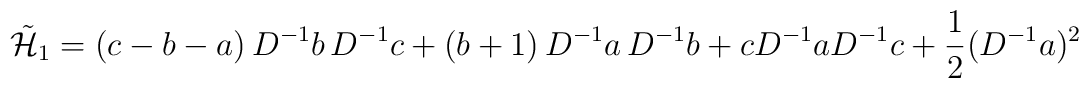
\tilde{{\cal H}}_1  =  ( c - b - a )\, D^{-1} b \, D^{-1} c + ( b + 1 ) \,D^{-1} a \, D^{-1} b + c D^{-1} a D^{-1} c + \frac{1}{2}( D^{-1} a )^2